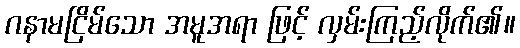
ဂနာမငြိမ်သော အမူအရာ ဖြင့် လှမ်းကြည့်လိုက်၏။